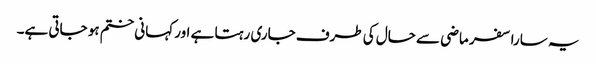
یہ سارا سفر ماضی سے حال کی طرف جاری رہتا ہے اور کہانی ختم ہو جاتی ہے۔